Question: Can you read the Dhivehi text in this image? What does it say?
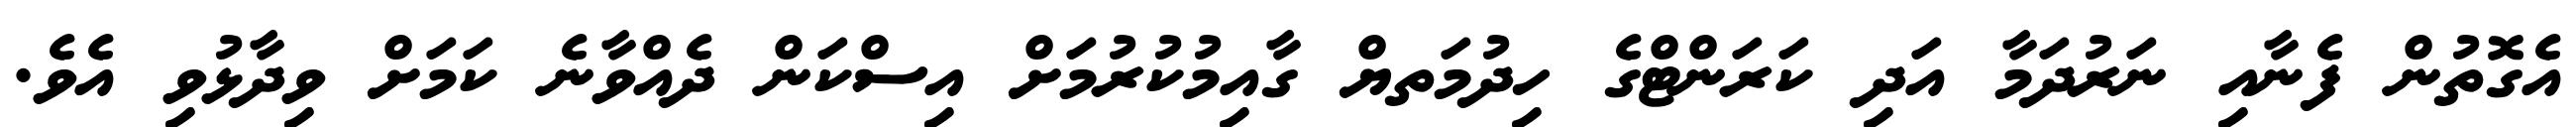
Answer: އެގޮތުން ފެނާއި ނަރުދަމާ އަދި ކަރަންޓްގެ ހިދުމަތޔް ގާއިމުކުރުމަށް އިސްކަން ދެއްވާނެ ކަމަށް ވިދާޅުވި އެވެ.